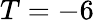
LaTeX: T=-6